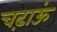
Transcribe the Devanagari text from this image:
चढ़ाऊं